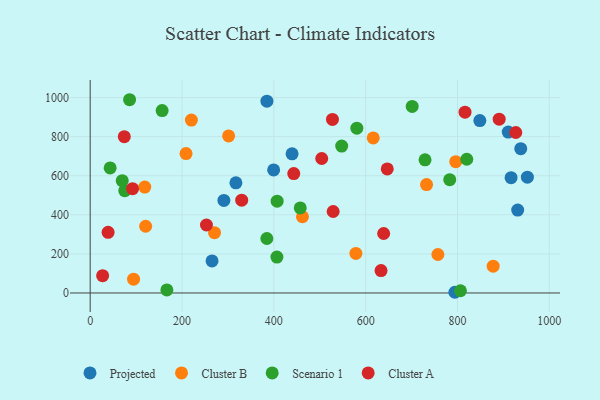
{"axis": {"x": "Investment", "y": "Yield"}, "legend": ["Cluster A", "Cluster B", "Projected", "Scenario 1"], "data": [{"x": "916.7", "y": 590.3, "type": "Projected"}, {"x": "910.5", "y": 823.6, "type": "Projected"}, {"x": "931.1", "y": 424.5, "type": "Projected"}, {"x": "291.2", "y": 473.7, "type": "Projected"}, {"x": "794.3", "y": 3.6, "type": "Projected"}, {"x": "952.2", "y": 592.8, "type": "Projected"}, {"x": "317.4", "y": 563.7, "type": "Projected"}, {"x": "848.7", "y": 882.2, "type": "Projected"}, {"x": "265.4", "y": 163.8, "type": "Projected"}, {"x": "439.7", "y": 712.3, "type": "Projected"}, {"x": "384.9", "y": 981.7, "type": "Projected"}, {"x": "937.8", "y": 738.5, "type": "Projected"}, {"x": "399.6", "y": 629.7, "type": "Projected"}, {"x": "301.5", "y": 803.8, "type": "Cluster B"}, {"x": "220.4", "y": 884.7, "type": "Cluster B"}, {"x": "757.3", "y": 197.0, "type": "Cluster B"}, {"x": "796.2", "y": 671.8, "type": "Cluster B"}, {"x": "118.9", "y": 541.9, "type": "Cluster B"}, {"x": "616.5", "y": 793.3, "type": "Cluster B"}, {"x": "120.8", "y": 341.5, "type": "Cluster B"}, {"x": "732.6", "y": 554.7, "type": "Cluster B"}, {"x": "270.8", "y": 308.8, "type": "Cluster B"}, {"x": "877.7", "y": 137.1, "type": "Cluster B"}, {"x": "462.3", "y": 390.2, "type": "Cluster B"}, {"x": "208.8", "y": 713.2, "type": "Cluster B"}, {"x": "94.5", "y": 70.7, "type": "Cluster B"}, {"x": "578.7", "y": 202.3, "type": "Cluster B"}, {"x": "580.8", "y": 843.2, "type": "Scenario 1"}, {"x": "729.3", "y": 681.4, "type": "Scenario 1"}, {"x": "75.3", "y": 523.7, "type": "Scenario 1"}, {"x": "406.7", "y": 183.9, "type": "Scenario 1"}, {"x": "167.0", "y": 15.6, "type": "Scenario 1"}, {"x": "69.8", "y": 574.7, "type": "Scenario 1"}, {"x": "457.5", "y": 435.4, "type": "Scenario 1"}, {"x": "384.8", "y": 278.7, "type": "Scenario 1"}, {"x": "547.8", "y": 752.0, "type": "Scenario 1"}, {"x": "820.2", "y": 684.4, "type": "Scenario 1"}, {"x": "701.3", "y": 954.6, "type": "Scenario 1"}, {"x": "85.8", "y": 989.0, "type": "Scenario 1"}, {"x": "783.1", "y": 579.8, "type": "Scenario 1"}, {"x": "806.4", "y": 11.4, "type": "Scenario 1"}, {"x": "407.2", "y": 469.9, "type": "Scenario 1"}, {"x": "156.7", "y": 933.5, "type": "Scenario 1"}, {"x": "43.5", "y": 640.1, "type": "Scenario 1"}, {"x": "529.2", "y": 417.0, "type": "Cluster A"}, {"x": "639.2", "y": 304.4, "type": "Cluster A"}, {"x": "330.0", "y": 475.0, "type": "Cluster A"}, {"x": "504.3", "y": 688.1, "type": "Cluster A"}, {"x": "39.0", "y": 310.6, "type": "Cluster A"}, {"x": "890.8", "y": 889.5, "type": "Cluster A"}, {"x": "633.5", "y": 114.6, "type": "Cluster A"}, {"x": "27.1", "y": 88.3, "type": "Cluster A"}, {"x": "443.4", "y": 611.1, "type": "Cluster A"}, {"x": "92.3", "y": 534.0, "type": "Cluster A"}, {"x": "816.4", "y": 925.2, "type": "Cluster A"}, {"x": "527.7", "y": 888.4, "type": "Cluster A"}, {"x": "647.0", "y": 634.8, "type": "Cluster A"}, {"x": "74.3", "y": 799.8, "type": "Cluster A"}, {"x": "253.2", "y": 347.8, "type": "Cluster A"}, {"x": "927.0", "y": 821.3, "type": "Cluster A"}]}